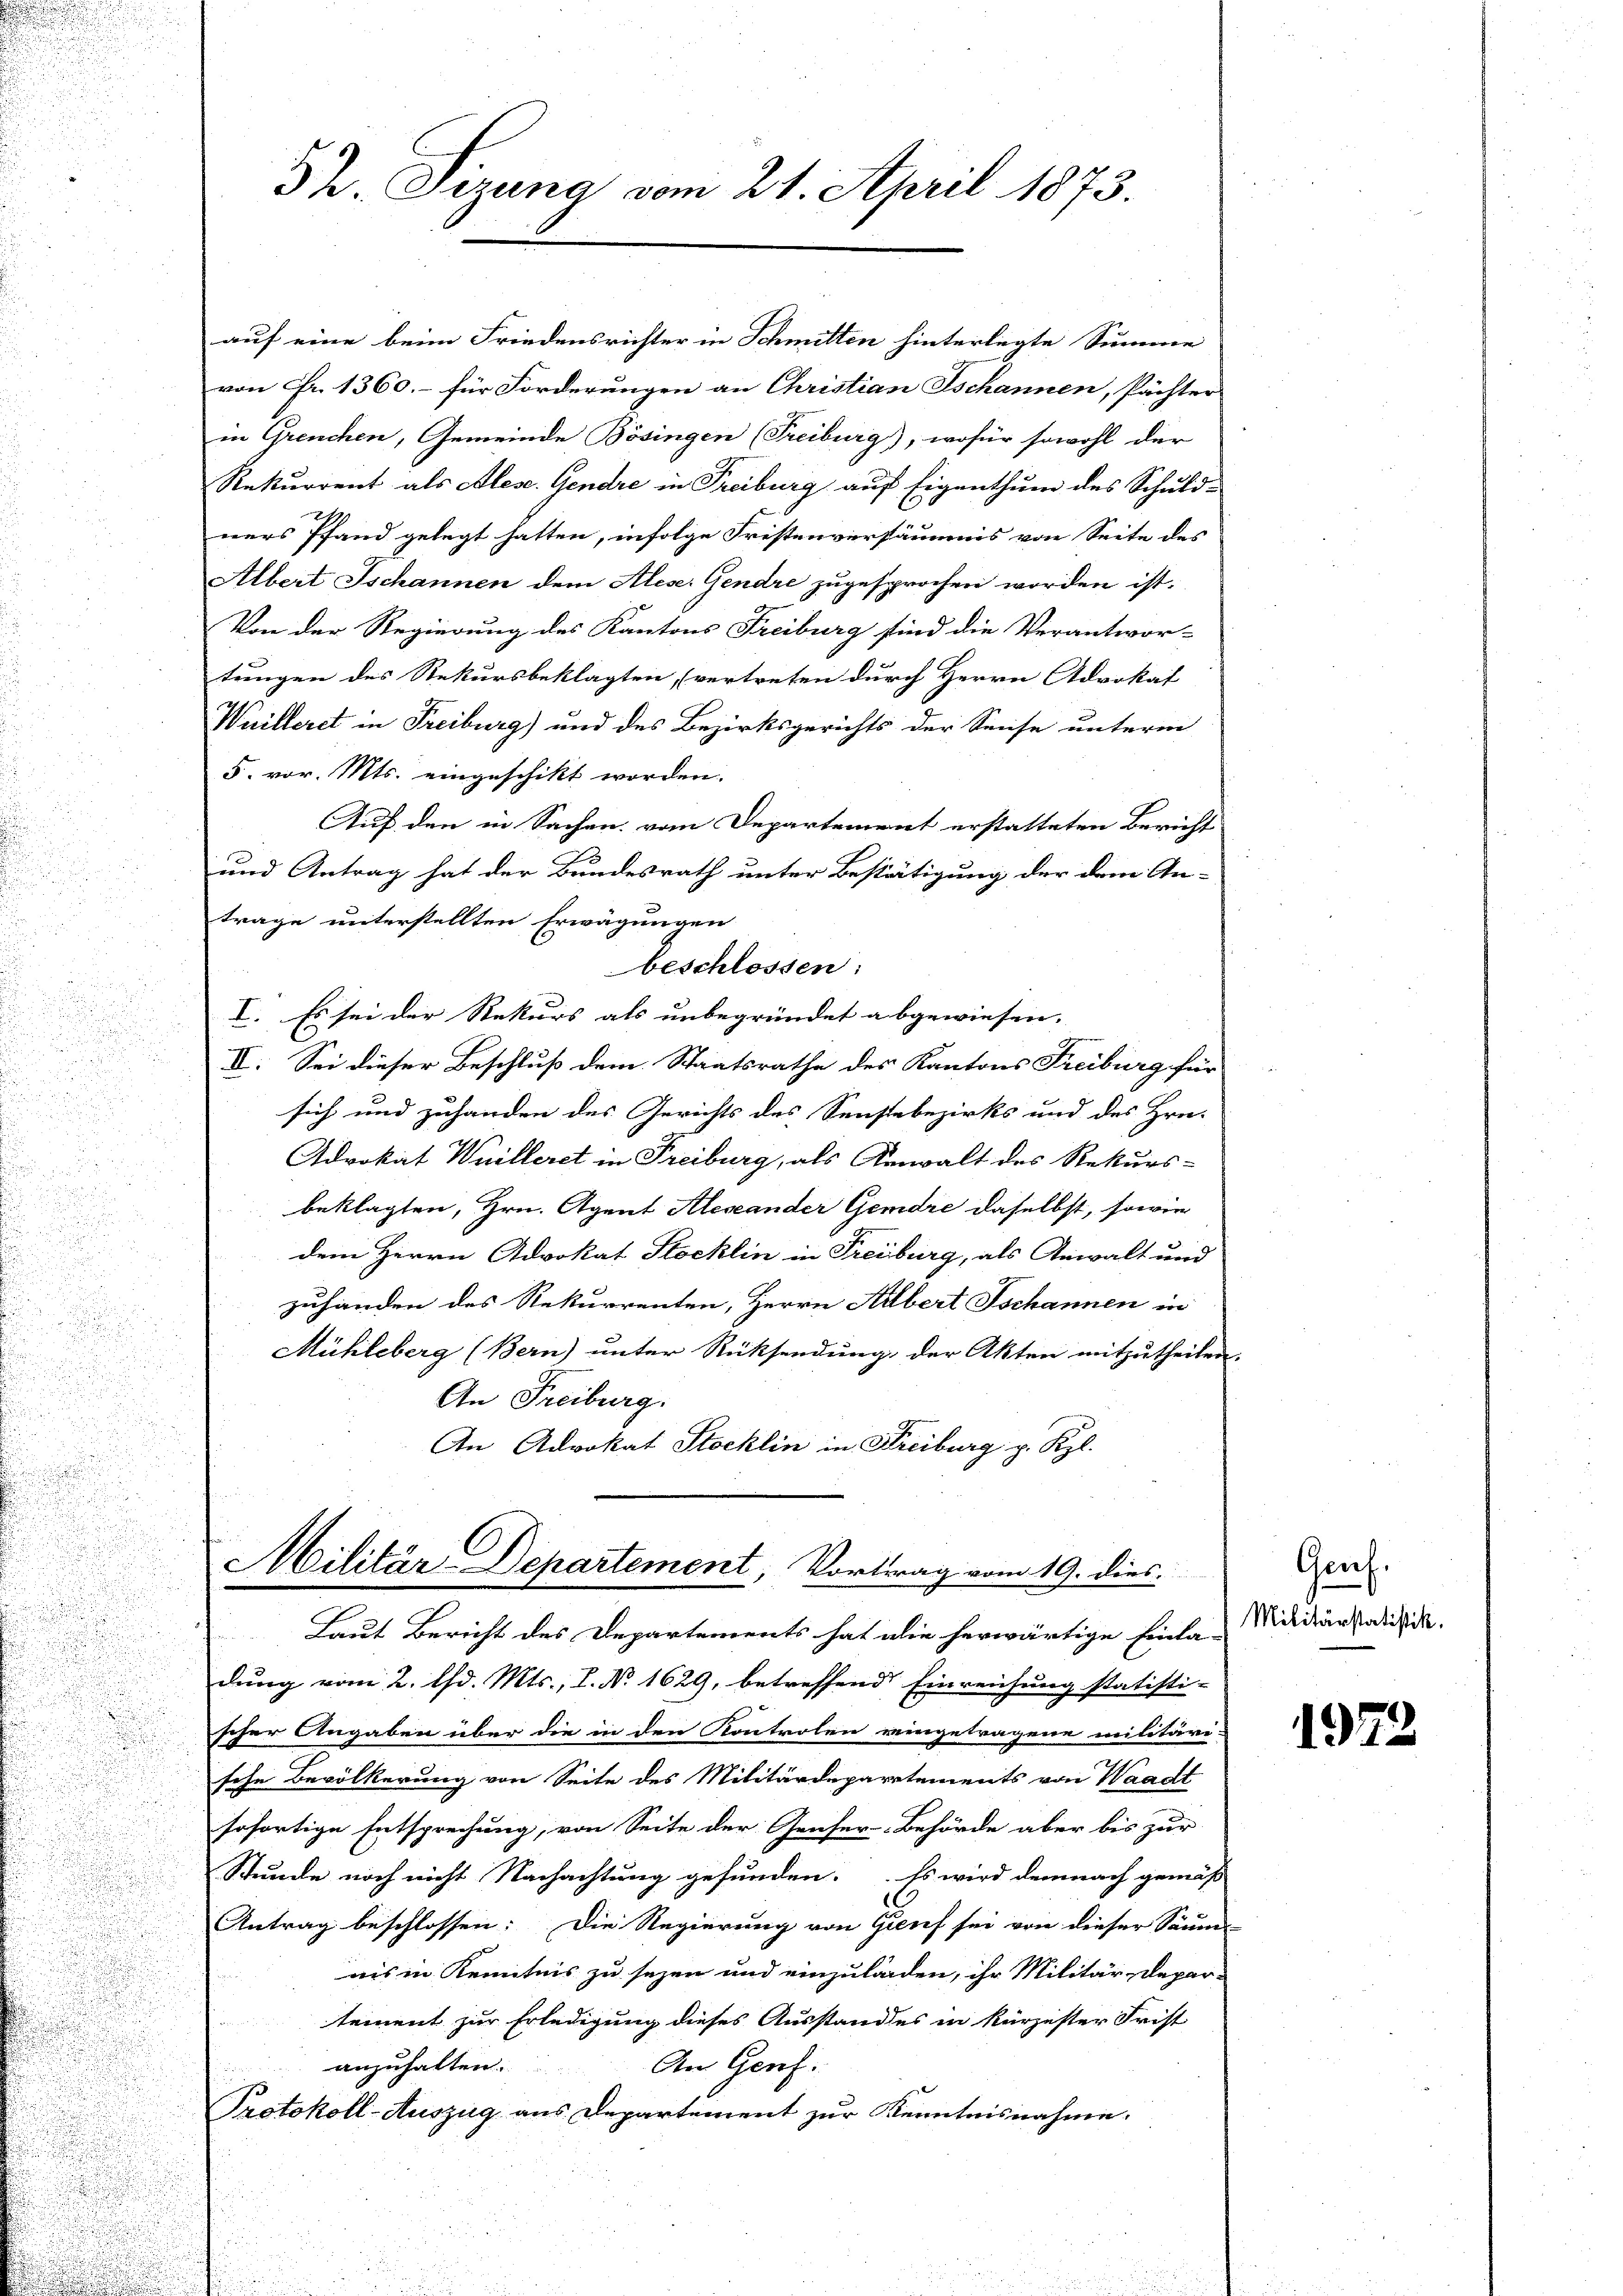
auf eine beim Friedensrichter in Schmitten hinterlegte Summe
von Fr. 1360. – für Forderungen an Christian Ischannen, Pächter
in Grenchen, Gemeinde Bösingen (Freiburg), wofür sowohl der
Rekurrent als Alese. Gendre in Freiburg auf Eigenthum des Schuldners Pfand gelegt hatten, infolge Fristenversäumis von Seite des
Albert Ischannen dem Alese. Gendre zugesprochen worden ist.
Von der Regierung des Kantons Freiburg sind die Verantwor-
tungen des Rekursbeklagten (vertreten durch Herrn Advokat
Wuilleret in Freiburg) und des Bezirksgerichts der Sause unterm
5. vor. Mts. eingeschikt worden.
Auf den in Sachen vom Departement erstatteten Bericht
und Antrag hat der Bundesrath unter Bestätigung der dem An-
trage unterstellten Erwägungen
beschlossen:
I. Es sei der Rekurs als unbegründet abgewiesen.
II. Sei dieser Beschluß dem Staatsrathe des Kantons Freiburg für
sich und zuhanden des Gerichts des Senstebezirks und des Hrn.
Advokat Weilleret in Freiburg, als Anwalt des Rekurs-
beklagten, Hrn. Agent Alexander Gemdre daselbst, sowie
dem Herrn Advokat Stocklin in Freiburg, als Anwalt und
zuhänden des Rekurrenten, Herrn Albert Jschannen in
Mühleberg (Bern) unter Rücksendung der Akten mitzutheilen.
An Freiburg.
An Advokat Stocklin in Freiburg p. Kzl.

32. Sezung vom 21. April 1873.

Militär-Departement, Vortrag vom 19. dies

Laut Bericht des Departements hat die herwärtige Einla-

dung vom 2. d. Mts., L. No 1629, betreffend Einreichung statisti-
scher Angaben über die in den Kontrolen eingetragene militäri
sche Bevölkerung von Seite des Militärdepartements von Waadt
sofortige Entsprechung, von Seite der Genfer-Behörde aber bis zur
Stunde noch nicht Nachachtung gefunden. Es wird demnach gemäß
Antrag beschlossen: Die Regierung von Greif sei von dieser Säum
nis in Kenntnis zu sezen und einzuladen, ihr Militär-Depar-
tement zur Erledigung dieses Ausstandes in kürzester Frist
anzuhalten.
An Genf.
Protokoll-Auszug aus Departement zur Kenntnisnahme.

Gruf.
Militärstatistik.

1972